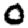
Digit: 0